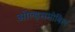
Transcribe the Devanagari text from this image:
ओल्ड्समोबिल